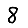
Digit: 8